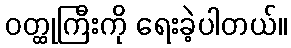
ဝတ္ထုကြီးကို ရေးခဲ့ပါတယ်။